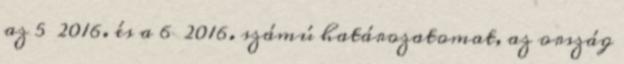
az 5 2016. és a 6 2016. számú határozatomat, az ország